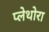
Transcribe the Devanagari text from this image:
प्लेथोरा